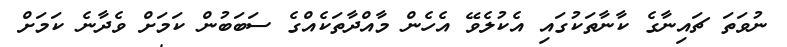
ނުވަތަ ޗައިނާގެ ކާނާތަކުގައި އެކުލެވޭ އެހެން މާއްދާތަކެއްގެ ސަބަބުން ކަމަށް ވެދާނެ ކަމަށް